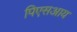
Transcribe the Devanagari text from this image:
पिएसआय